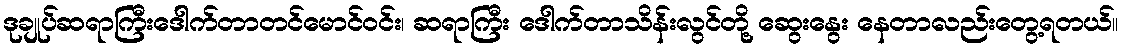
ဒုချုပ်ဆရာကြီးဒေါက်တာတင်မောင်ဝင်း၊ ဆရာကြီး ဒေါက်တာသိန်းလွင်တို့ ဆွေးနွေး နေတာလည်းတွေ့ရတယ်။